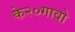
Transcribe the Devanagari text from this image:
के२०गावो